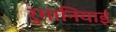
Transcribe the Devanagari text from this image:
रुमानियाई